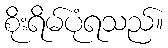
စိုးရိမ်ပုံရသည်။